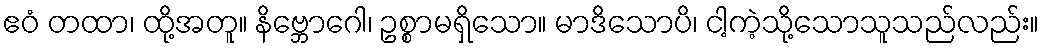
ဧဝံ တထာ၊ ထို့အတူ။ နိဗ္ဘောဂေါ၊ ဥစ္စာမရှိသော။ မာဒိသောပိ၊ ငါ့ကဲ့သို့သောသူသည်လည်း။